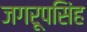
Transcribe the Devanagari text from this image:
जगरूपसिंह